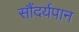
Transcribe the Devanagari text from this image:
सौंदर्यपान